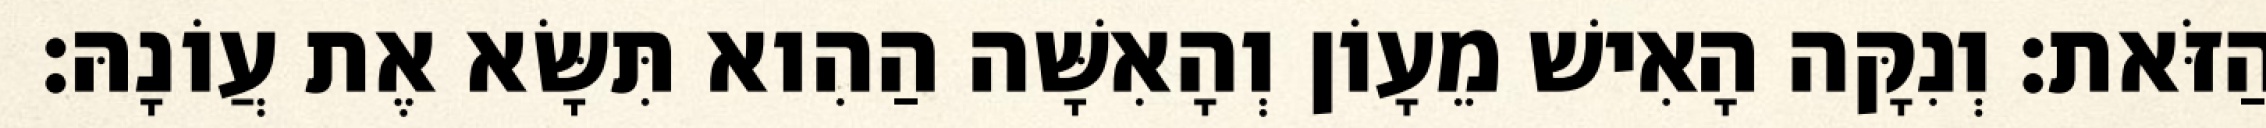
הַזֹּאת׃ וְנִקָּה הָאִישׁ מֵעָוֹן וְהָאִשָּׁה הַהִוא תִּשָּׂא אֶת עֲוֹנָהּ׃